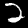
Label: 2